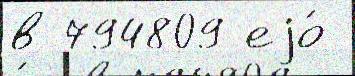
в 794809 еjо́